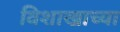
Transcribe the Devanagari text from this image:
विशाखाच्या